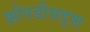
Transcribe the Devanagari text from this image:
झोपडीसदृश